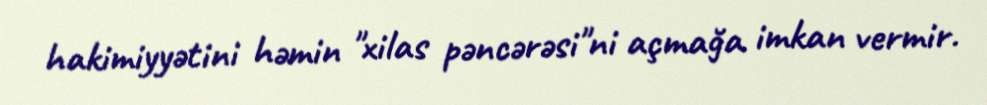
hakimiyyətini həmin "xilas pəncərəsi"ni açmağa imkan vermir.